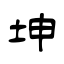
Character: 坤